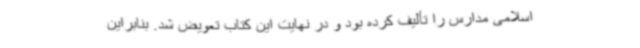
اسلامی مدارس را تألیف کرده بود و در نهایت این کتاب تعویض شد. بنابراین